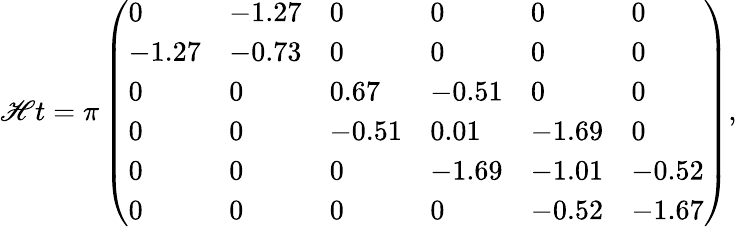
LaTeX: \mathscr{H}t=\pi\left(\begin{array}{llllll}{0}&{-1.27}&{0}&{0}&{0}&{0}\\ {-1.27}&{-0.73}&{0}&{0}&{0}&{0}\\ {0}&{0}&{0.67}&{-0.51}&{0}&{0}\\ {0}&{0}&{-0.51}&{0.01}&{-1.69}&{0}\\ {0}&{0}&{0}&{-1.69}&{-1.01}&{-0.52}\\ {0}&{0}&{0}&{0}&{-0.52}&{-1.67}\end{array}\right),